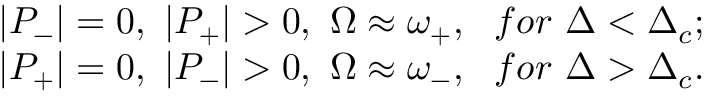
\begin{array} { r } { | P _ { - } | = 0 , ~ | P _ { + } | > 0 , ~ \Omega \approx \omega _ { + } , ~ ~ f o r ~ \Delta < \Delta _ { c } ; } \\ { | P _ { + } | = 0 , ~ | P _ { - } | > 0 , ~ \Omega \approx \omega _ { - } , ~ ~ f o r ~ \Delta > \Delta _ { c } . } \end{array}